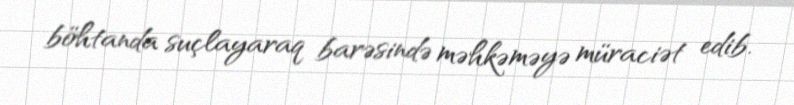
böhtanda suçlayaraq barəsində məhkəməyə müraciət edib.